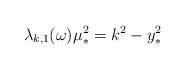
\begin{align*}\lambda_{k,1}(\omega) \mu_*^2 = k^2- y_*^2\end{align*}